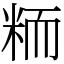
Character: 粫